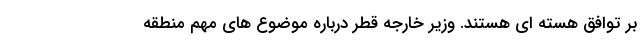
بر توافق هسته ای هستند. وزیر خارجه قطر درباره موضوع های مهم منطقه